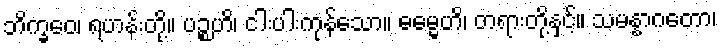
ဘိက္ခဝေ၊ ရဟန်းတို့။ ပဉ္စဟိ၊ ငါးပါးကုန်သော။ ဓမ္မေဟိ၊ တရားတို့နှင့်။ သမန္နာဂတော၊